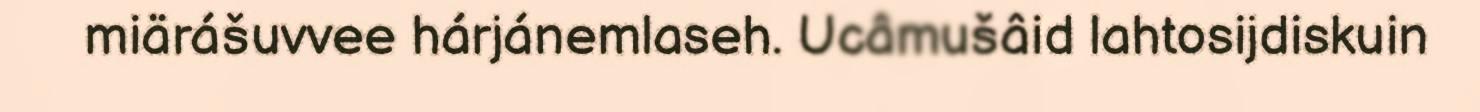
miärášuvvee hárjánemlaseh. Ucâmušâid lahtosijdiskuin